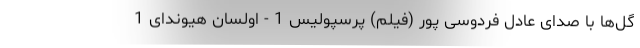
گل‌ها با صدای عادل فردوسی پور (فیلم) پرسپولیس 1 - اولسان هیوندای 1